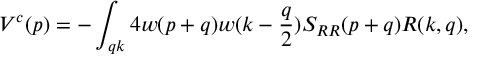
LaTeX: V ^ { c } ( p ) = - \int _ { q k } 4 w ( p + q ) w ( k - { \frac { q } { 2 } } ) S _ { R R } ( p + q ) R ( k , q ) ,